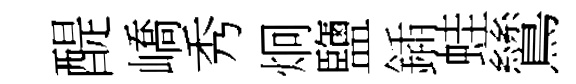
醍嶠秀炯鹽鍤蛙鷥